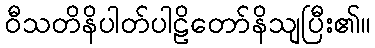
ဝီသတိနိပါတ်ပါဠိတော်နိသျပြီး၏။